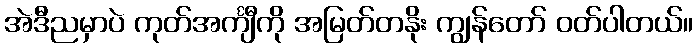
အဲဒီညမှာပဲ ကုတ်အင်္ကျီကို အမြတ်တနိုး ကျွန်တော် ဝတ်ပါတယ်။